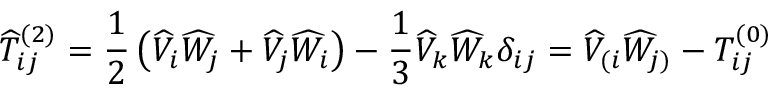
{ \widehat { T } } _ { i j } ^ { ( 2 ) } = { \frac { 1 } { 2 } } \left( { \widehat { V } } _ { i } { \widehat { W } } _ { j } + { \widehat { V } } _ { j } { \widehat { W } } _ { i } \right) - { \frac { 1 } { 3 } } { \widehat { V } } _ { k } { \widehat { W } } _ { k } \delta _ { i j } = { \widehat { V } } _ { ( i } { \widehat { W } } _ { j ) } - T _ { i j } ^ { ( 0 ) }